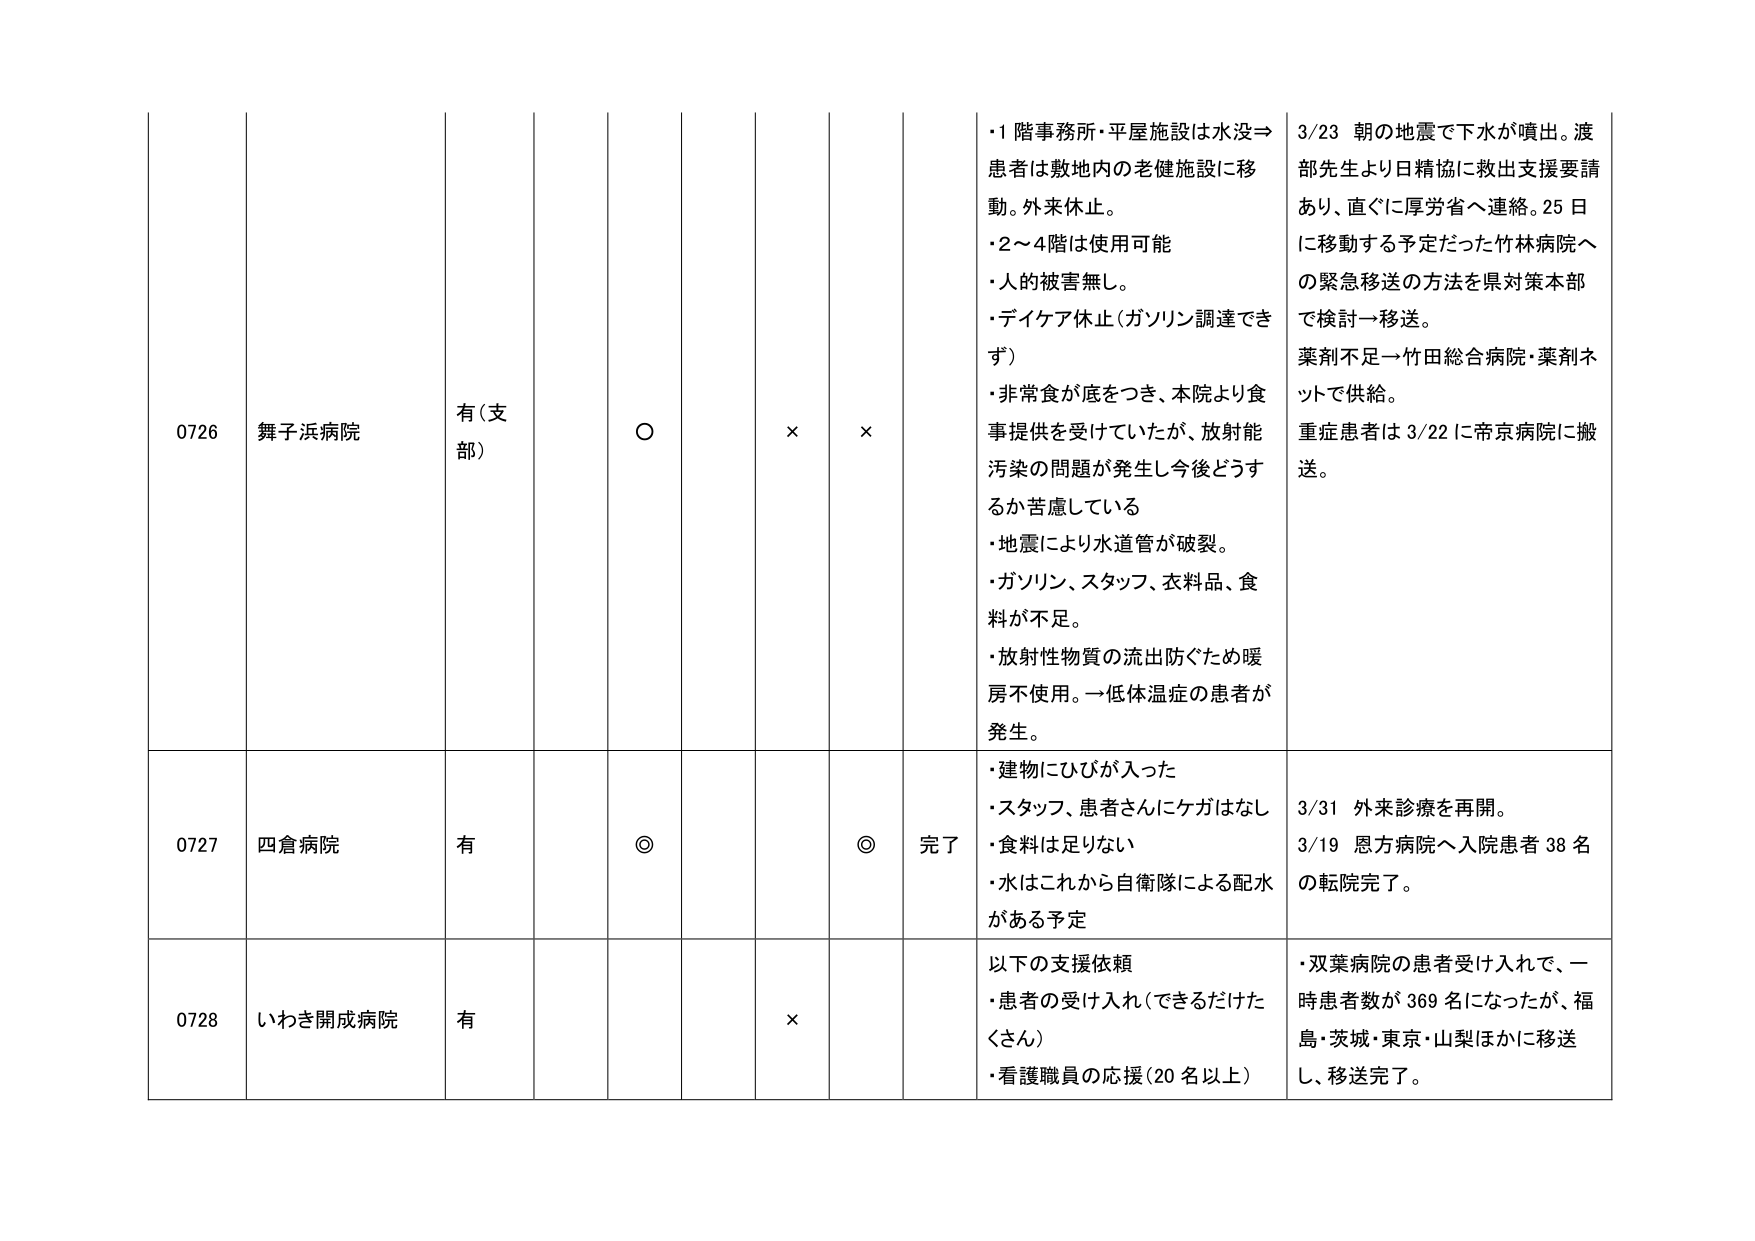
0726 舞子浜病院 有(支部) ○ × × ・1階事務所・平屋施設は水没⇒患者は敷地内の老健施設に移動。外来休止。 ・2～4階は使用可能 ・人的被害無し。 ・デイケア休止(ガソリン調達できず) ・非常食が底をつき、本院より食事提供を受けていたが、放射能汚染の問題が発生し今後どうするか苦慮している ・地震により水道管が破裂。 ・ガソリン、スタッフ、衣料品、食料が不足。 ・放射性物質の流出防ぐため暖房不使用。→低体温症の患者が発生。 3/23 朝の地震で下水が噴出。渡部先生より日精協に救出支援要請あり、直ぐに厚労省へ連絡。25日に移動する予定だった竹林病院への緊急移送の方法を県対策本部で検討→移送。 薬剤不足→竹田総合病院・薬剤ネットで供給。 重症患者は3/22に帝京病院に搬送。

0727 四倉病院 有 ◎ ◎ 完了 ・建物にひびが入った ・スタッフ、患者さんにケガはなし ・食料は足りない ・水はこれから自衛隊による配水がある予定 3/31 外来診療を再開。 3/19 恩方病院へ入院患者38名の転院完了。

0728 いわき開成病院 有 × 以下の支援依頼 ・患者の受け入れ(できるだけたくさん) ・看護職員の応援(20名以上) ・双葉病院の患者受け入れで、一時患者数が369名になったが、福島・茨城・東京・山梨ほかに移送し、移送完了。